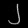
Digit: ၂